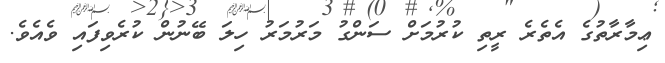
ޢިމާރާތުގެ އެތެރެ ރީތި ކުރުމަށް ސަންގު މަރުމަރު ހިލަ ބޭނުން ކުރެވިފައި ވެއެވެ.